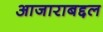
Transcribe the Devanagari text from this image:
आजाराबद्दल